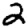
Digit: 2